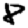
Digit: 8